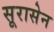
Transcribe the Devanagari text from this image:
सूरासेन